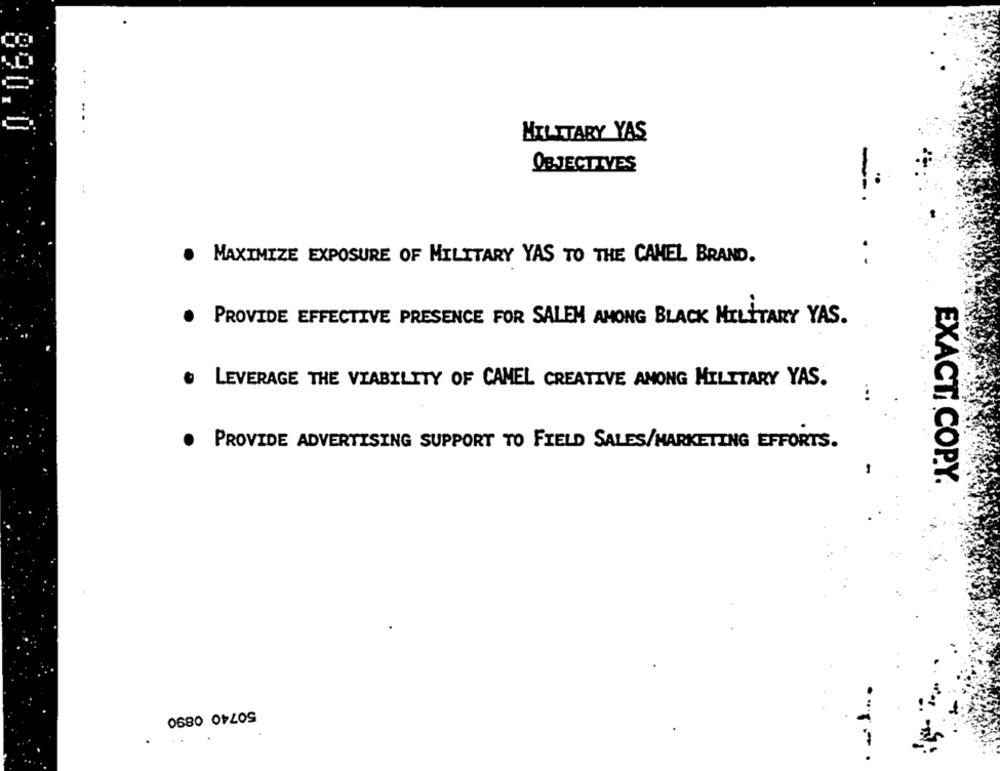
..
MILITARY YAS
OBJECTIVES
.
MAXIMIZE EXPOSURE OF MILITARY YAS TO THE CAMEL BRAND.
-
.
PROVIDE EFFECTIVE PRESENCE FOR SALEN AMONG BLACK MILITARY YAS.
. LEVERAGE THE VIABILITY OF CAMEL CREATIVE AMONG MILITARY YAS.
PROVIDE ADVERTISING SUPPORT TO FIELD SALES/MARKETING EFFORTS.
EXACT COPY.
0680 OF209
.....